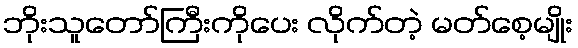
ဘိုးသူတော်ကြီးကိုပေး လိုက်တဲ့ မတ်စေ့မျိုး